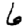
Digit: 6